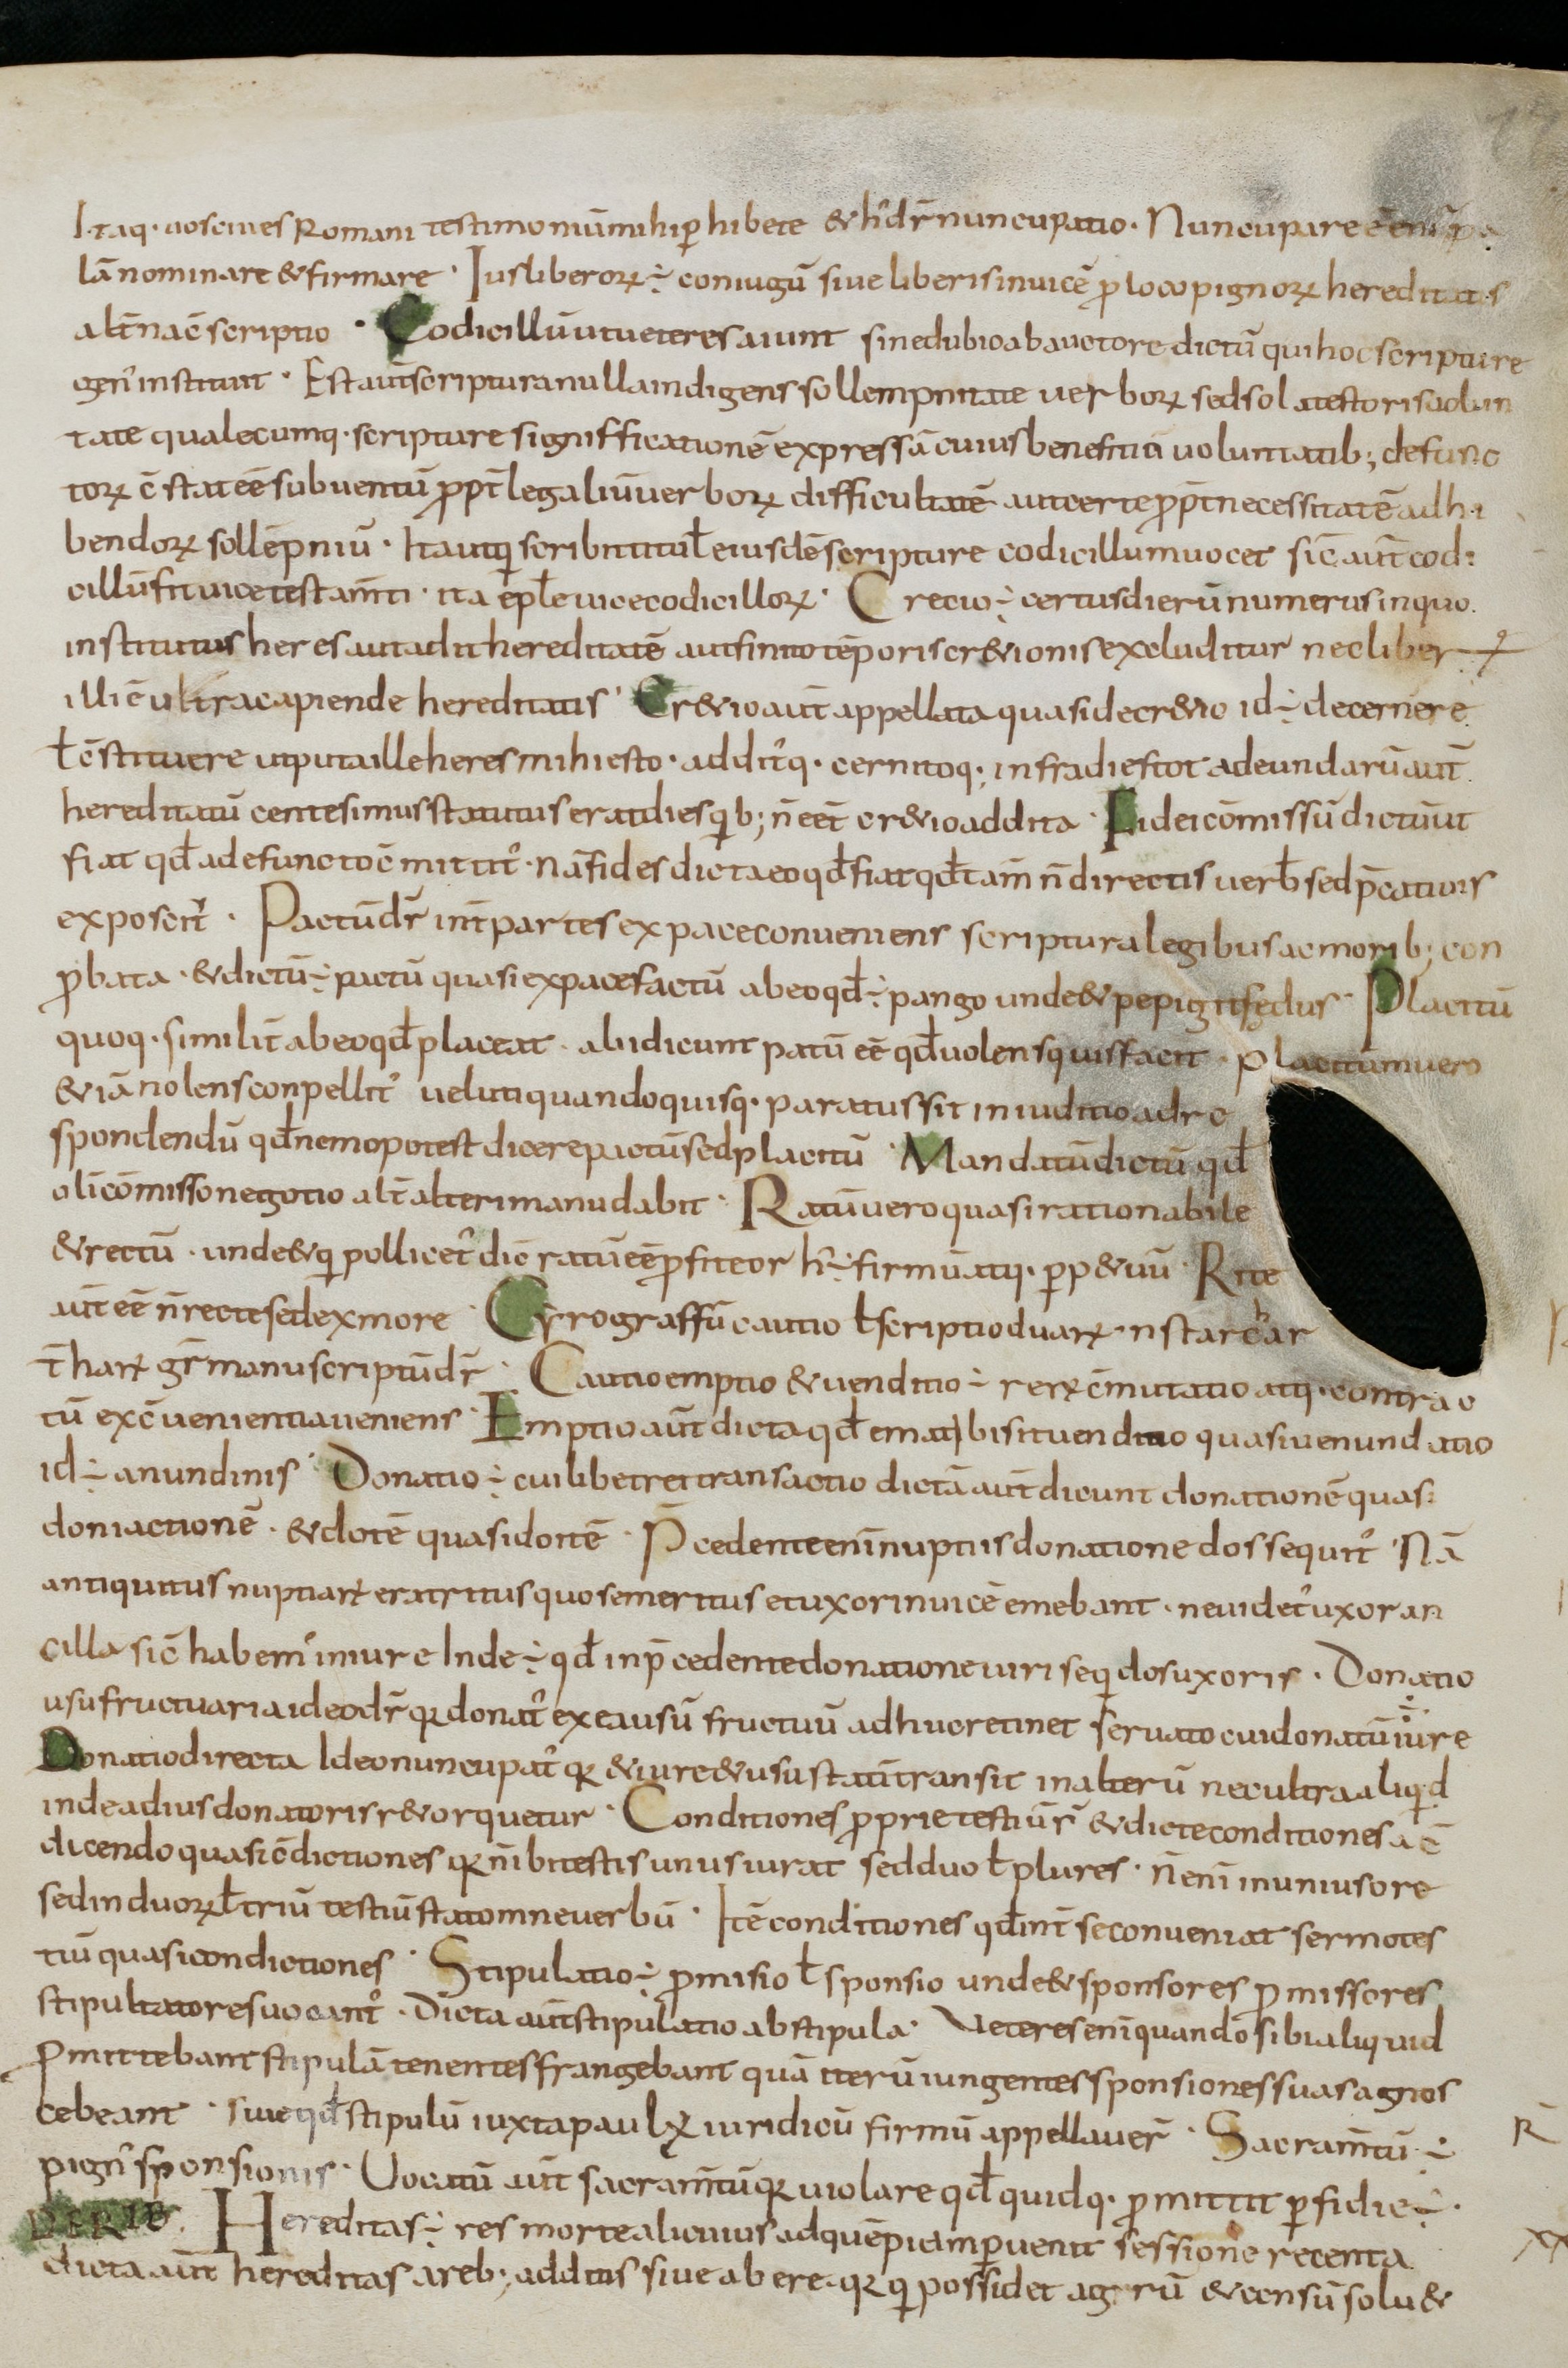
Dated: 800–899